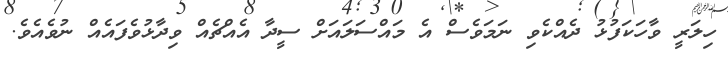
ހިލަރީ ވާހަކަފުޅު ދެއްކެވި ނަމަވެސް އެ މައްސަލައަށް ސީދާ އެއްޗެއް ވިދާޅުވެފައެއް ނުވެއެވެ.